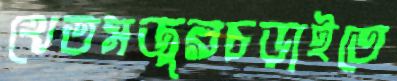
খেতমজুরচড়াইতে